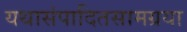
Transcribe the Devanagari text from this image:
यथासंपादितसामग्रया